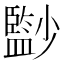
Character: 𡮼